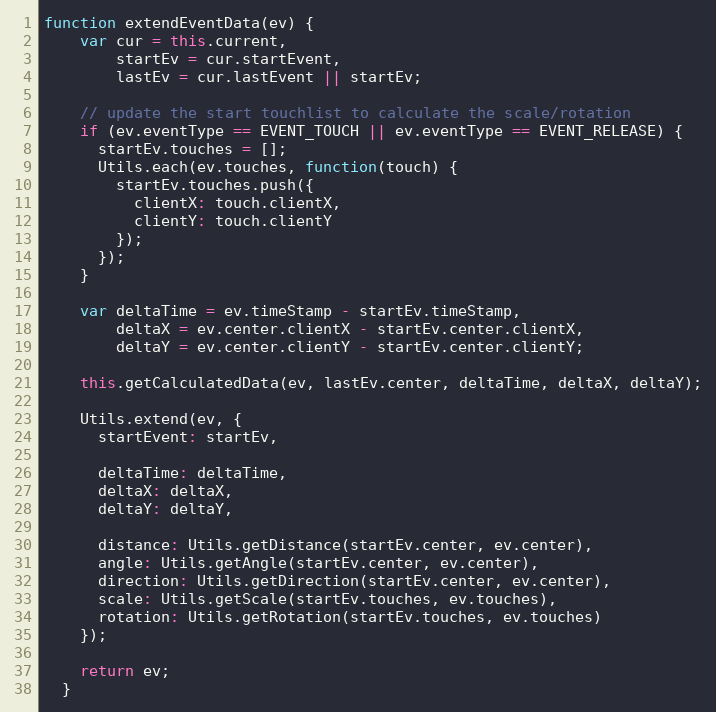
Language: JavaScript
function extendEventData(ev) {
    var cur = this.current,
        startEv = cur.startEvent,
        lastEv = cur.lastEvent || startEv;

    // update the start touchlist to calculate the scale/rotation
    if (ev.eventType == EVENT_TOUCH || ev.eventType == EVENT_RELEASE) {
      startEv.touches = [];
      Utils.each(ev.touches, function(touch) {
        startEv.touches.push({
          clientX: touch.clientX,
          clientY: touch.clientY
        });
      });
    }

    var deltaTime = ev.timeStamp - startEv.timeStamp,
        deltaX = ev.center.clientX - startEv.center.clientX,
        deltaY = ev.center.clientY - startEv.center.clientY;

    this.getCalculatedData(ev, lastEv.center, deltaTime, deltaX, deltaY);

    Utils.extend(ev, {
      startEvent: startEv,

      deltaTime: deltaTime,
      deltaX: deltaX,
      deltaY: deltaY,

      distance: Utils.getDistance(startEv.center, ev.center),
      angle: Utils.getAngle(startEv.center, ev.center),
      direction: Utils.getDirection(startEv.center, ev.center),
      scale: Utils.getScale(startEv.touches, ev.touches),
      rotation: Utils.getRotation(startEv.touches, ev.touches)
    });

    return ev;
  }